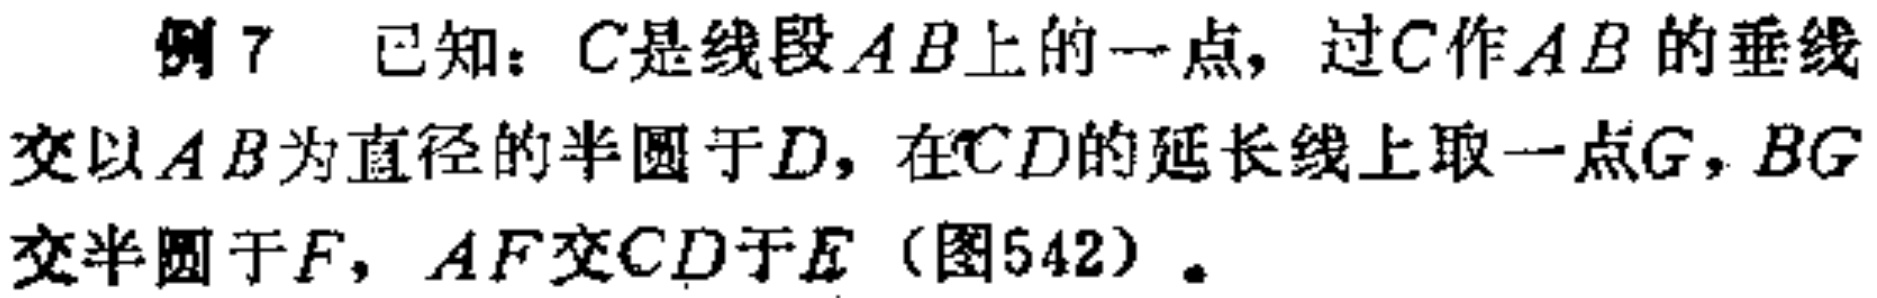
例7 已知：$C$是线段$AB$上的一点，过$C$作$AB$的垂线交以$AB$为直径的半圆于$D$，在$CD$的延长线上取一点$G$，$BG$交以$AB$为直径的半圆于$F$，$AF$交$CD$于$E$（图542）。